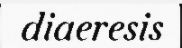
diaeresis